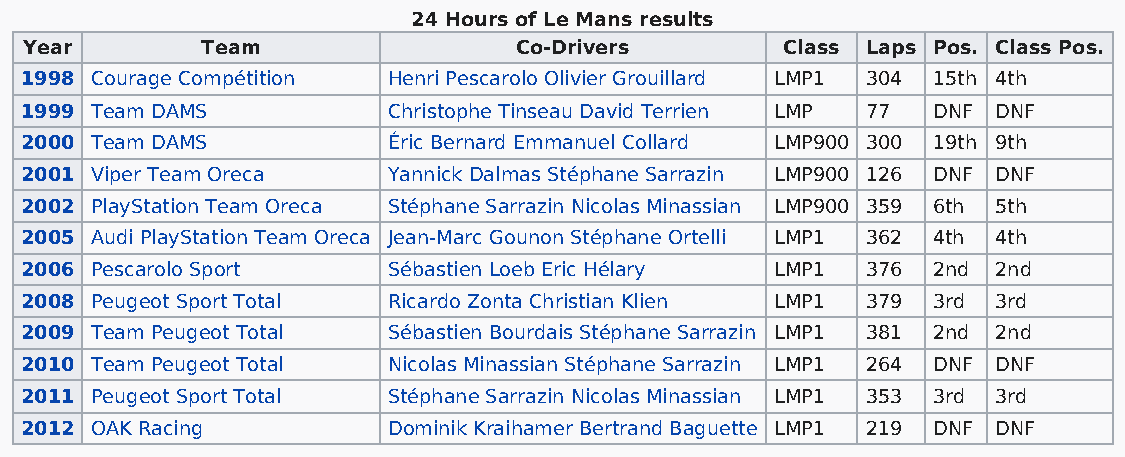
24 Hours of Le Mans results
 Year       Team                 Co-Drivers        Class Laps Pos. Class Pos.
 1998 Courage Compétition Henri Pescarolo Olivier Grouillard LMP1 304 15th 4th
 1999 Team DAMS           Christophe Tinseau David Terrien LMP 77 DNF DNF
 2000 Team DAMS           Éric Bernard Emmanuel Collard LMP900 300 19th 9th
 2001 Viper Team Oreca    Yannick Dalmas Stéphane Sarrazin LMP900 126 DNF DNF
 2002 PlayStation Team Oreca Stéphane Sarrazin Nicolas Minassian LMP900 359 6th 5th
 2005 Audi PlayStation Team Oreca Jean-Marc Gounon Stéphane Ortelli LMP1 362 4th 4th
 2006 Pescarolo Sport     Sébastien Loeb Eric Hélary LMP1 376 2nd 2nd
 2008 Peugeot Sport Total Ricardo Zonta Christian Klien LMP1 379 3rd 3rd
 2009 Team Peugeot Total  Sébastien Bourdais Stéphane Sarrazin LMP1 381 2nd 2nd
 2010 Team Peugeot Total  Nicolas Minassian Stéphane Sarrazin LMP1 264 DNF DNF
 2011 Peugeot Sport Total Stéphane Sarrazin Nicolas Minassian LMP1 353 3rd 3rd
 2012 OAK Racing          Dominik Kraihamer Bertrand Baguette LMP1 219 DNF DNF